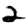
Digit: 2